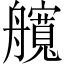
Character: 𦪻